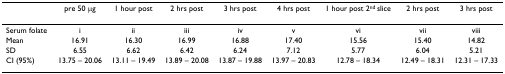
<table><thead><tr><td></td><td><b>pre 50 μg</b></td><td><b>1 hour post</b></td><td><b>2 hrs post</b></td><td><b>3 hrs post</b></td><td><b>4 hrs post</b></td><td><b>1 hour post 2<sup>nd </sup>slice</b></td><td><b>2 hrs post</b></td><td><b>3 hrs post</b></td></tr></thead><tbody><tr><td>Serum folate</td><td>i</td><td>ii</td><td>iii</td><td>iv</td><td>v</td><td>vi</td><td>vii</td><td>viii</td></tr><tr><td>Mean</td><td>16.91</td><td>16.30</td><td>16.99</td><td>16.88</td><td>17.40</td><td>15.56</td><td>15.40</td><td>14.82</td></tr><tr><td>SD</td><td>6.55</td><td>6.62</td><td>6.42</td><td>6.24</td><td>7.12</td><td>5.77</td><td>6.04</td><td>5.21</td></tr><tr><td>CI (95%)</td><td>13.75 – 20.06</td><td>13.11 – 19.49</td><td>13.89 – 20.08</td><td>13.87 – 19.88</td><td>13.97 – 20.83</td><td>12.78 – 18.34</td><td>12.49 – 18.31</td><td>12.31 – 17.33</td></tr></tbody></table>